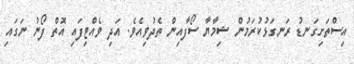
އިސްތަށިގަނޑު ރަނގަޅުކުރަމުން ޝިމާޔާ ސޯފާއިން ތެދުވިއެވެ. އަދި ވެއްޓިފައި އޮތް ފޯނު ނަގައި